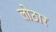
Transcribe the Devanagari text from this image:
लोठार